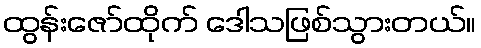
ထွန်းဇော်ထိုက် ဒေါသဖြစ်သွားတယ်။